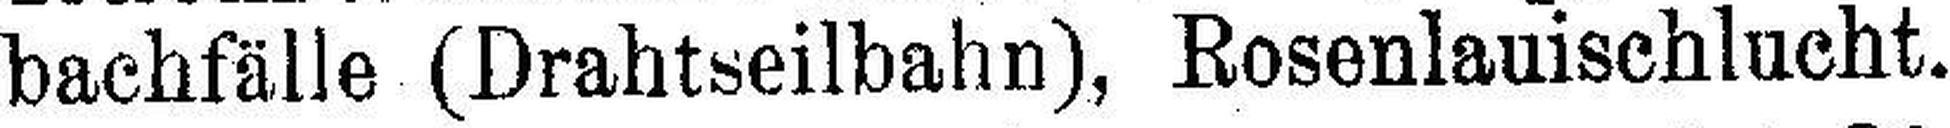
bachfälle (Drahtseilbahn), Rosenlauischlucht.